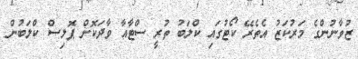
ޒުވާނުންގެ މަރުކަޒު އެތެރޭ ކޯޓުގައި ކްލަބު ތުރީ ސްޓާއާ ވާދަކޮށް ޕޮލިސް ކްލަބުން